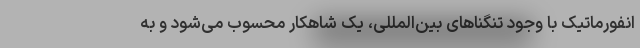
انفورماتیک با وجود تنگناهای بین‌المللی، یک شاهکار محسوب می‌شود و به